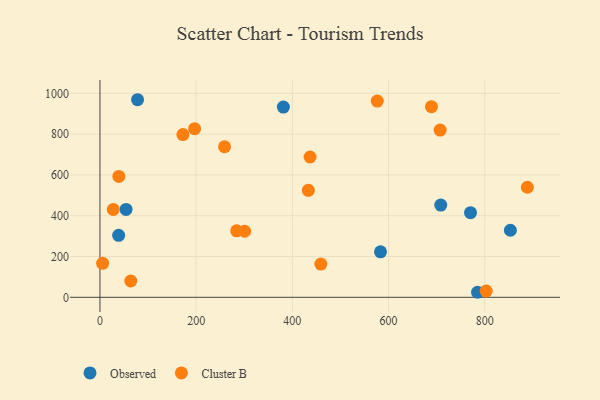
{"axis": {"x": "Engine Size", "y": "Exam Score"}, "legend": ["Cluster B", "Observed"], "data": [{"x": "853.2", "y": 328.7, "type": "Observed"}, {"x": "770.3", "y": 415.0, "type": "Observed"}, {"x": "784.9", "y": 24.7, "type": "Observed"}, {"x": "78.2", "y": 968.5, "type": "Observed"}, {"x": "38.9", "y": 303.8, "type": "Observed"}, {"x": "583.2", "y": 223.1, "type": "Observed"}, {"x": "54.3", "y": 430.6, "type": "Observed"}, {"x": "381.3", "y": 932.6, "type": "Observed"}, {"x": "708.5", "y": 452.0, "type": "Observed"}, {"x": "284.3", "y": 325.8, "type": "Cluster B"}, {"x": "576.5", "y": 962.1, "type": "Cluster B"}, {"x": "39.3", "y": 592.7, "type": "Cluster B"}, {"x": "5.6", "y": 166.5, "type": "Cluster B"}, {"x": "300.8", "y": 323.8, "type": "Cluster B"}, {"x": "259.0", "y": 737.9, "type": "Cluster B"}, {"x": "196.8", "y": 826.4, "type": "Cluster B"}, {"x": "64.1", "y": 79.9, "type": "Cluster B"}, {"x": "707.2", "y": 819.7, "type": "Cluster B"}, {"x": "689.1", "y": 934.2, "type": "Cluster B"}, {"x": "436.8", "y": 687.8, "type": "Cluster B"}, {"x": "172.5", "y": 797.7, "type": "Cluster B"}, {"x": "27.8", "y": 430.8, "type": "Cluster B"}, {"x": "433.2", "y": 524.6, "type": "Cluster B"}, {"x": "802.9", "y": 30.6, "type": "Cluster B"}, {"x": "888.5", "y": 539.5, "type": "Cluster B"}, {"x": "459.2", "y": 163.1, "type": "Cluster B"}]}